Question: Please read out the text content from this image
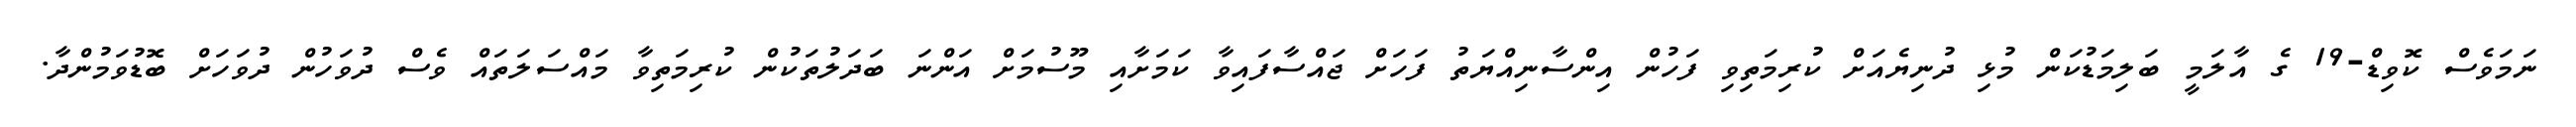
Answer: ނަމަވެސް ކޮވިޑް-19 ގެ އާލަމީ ބަލިމަޑުކަން މުޅި ދުނިޔެއަށް ކުރިމަތިވި ފަހުން އިންސާނިއްޔަތު ފަހަށް ޖައްސާފައިވާ ކަމަށާއި މޫސުމަށް އަންނަ ބަދަލުތަކުން ކުރިމަތިވާ މައްސަލަތައް ވެސް ދުވަހުން ދުވަހަށް ބޮޑުވަމުންދާ.